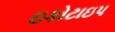
ઇકોટાઇપ